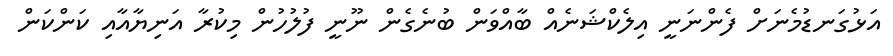
އަޅުގަނޑުމެނަށް ފެންނަނީ އިލެކްޝަނެއް ބާއްވަން ބުނެގެން ނޫނީ ފުލުހުން މިކުރާ އަނިޔާއާއި ކަންކަން